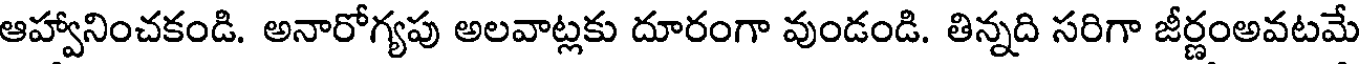
ఆహ్వానించకండి. అనారోగ్యపు అలవాట్లకు దూరంగా వుండండి. తిన్నది సరిగా జీర్ణంఅవటమే